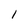
Character: l